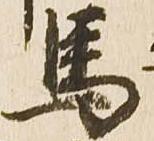
馬